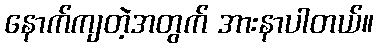
နောက်ကျတဲ့အတွက် အားနာပါတယ်။